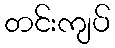
တင်းကျပ်